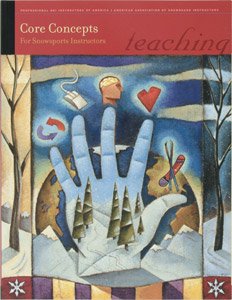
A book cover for Core concepts for snowsports instructors; Maggie Loring; Sports & Outdoors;